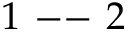
1 \mathrm { ~ -- ~ } 2 \